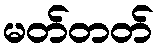
မတ်တတ်